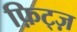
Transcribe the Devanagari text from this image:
फ़िट्ज़